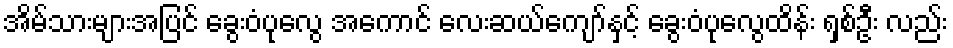
အိမ်သားများအပြင် ခွေးဝံပုလွေ အကောင် လေးဆယ်ကျော်နှင့် ခွေးဝံပုလွေထိန်း ရှစ်ဦး လည်း